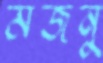
মজনু